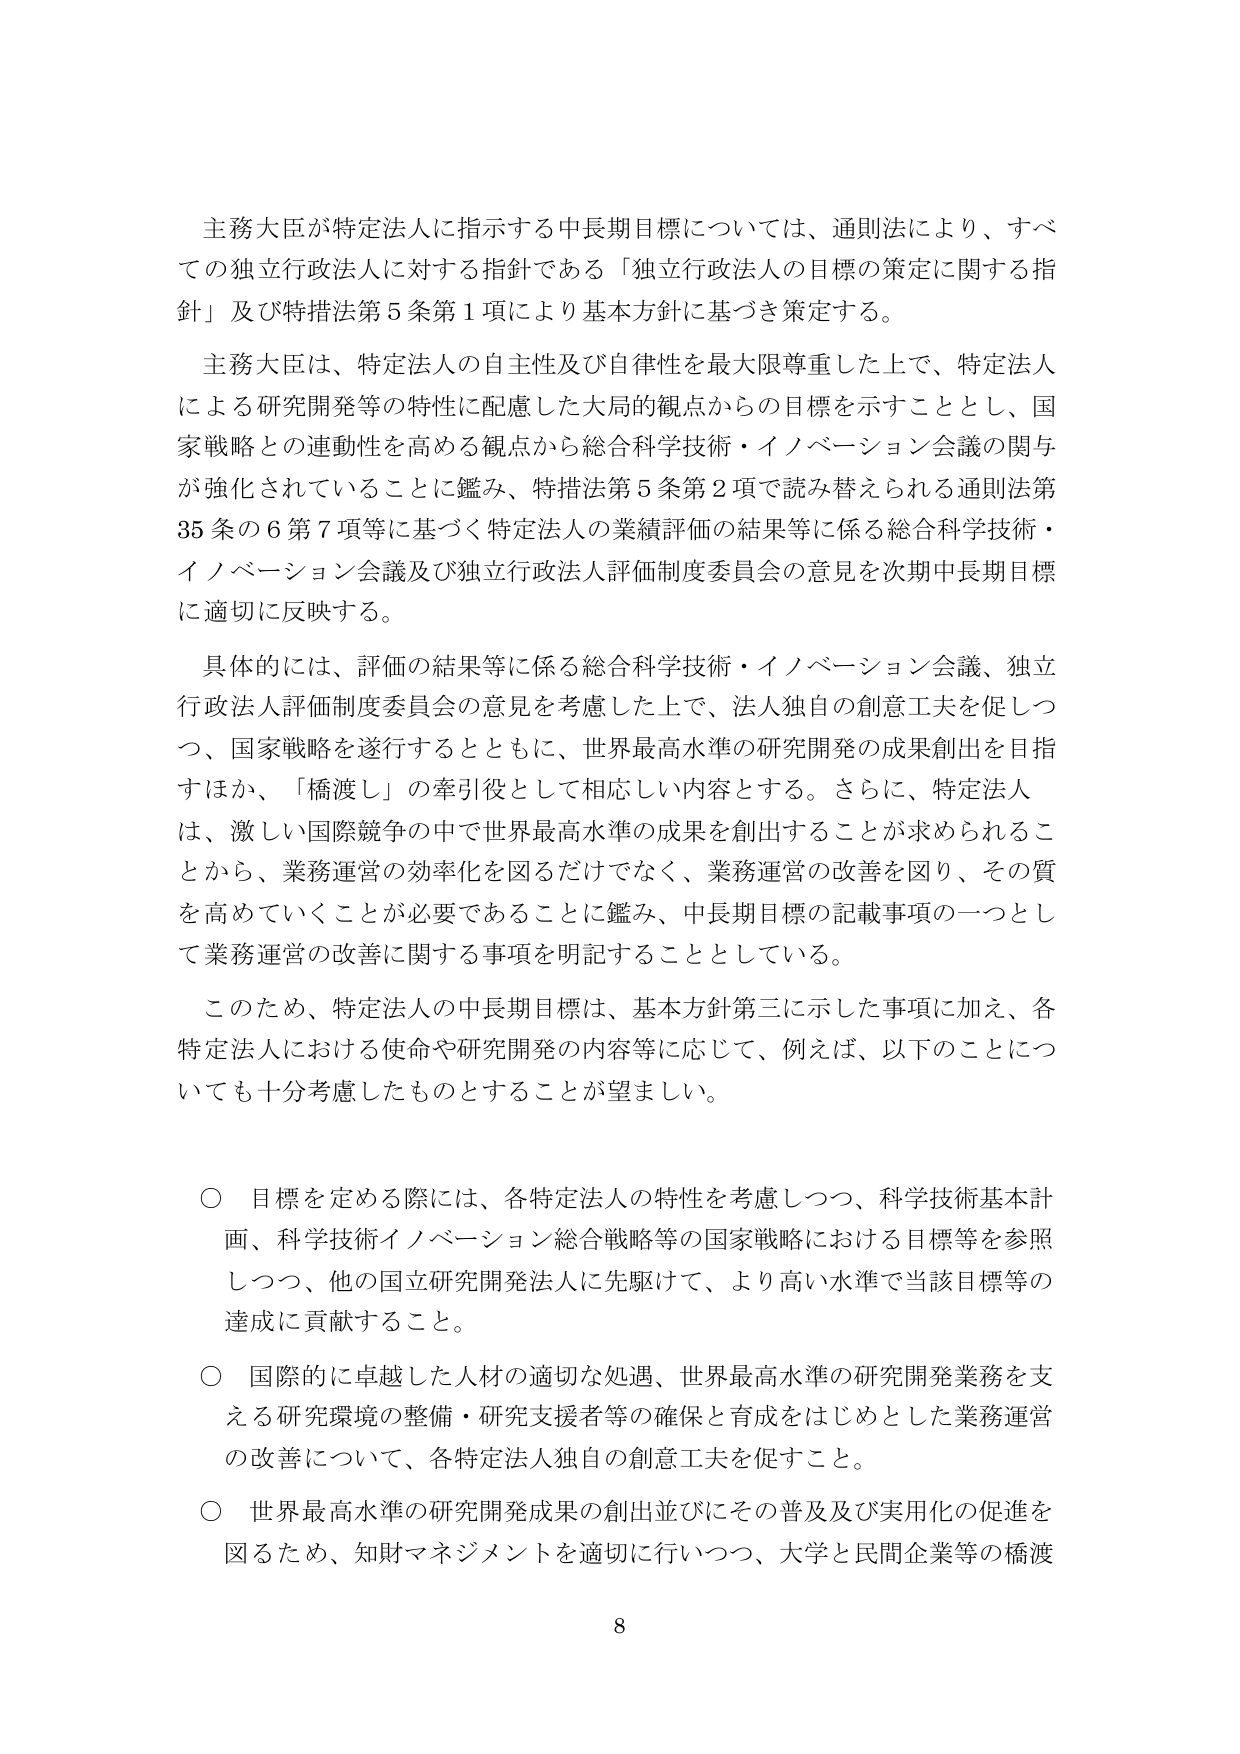
主務大臣が特定法人に指示する中長期目標については、通則法により、すべての独立行政法人に対する指針である「独立行政法人の目標の策定に関する指針」及び特措法第5条第1項により基本方針に基づき策定する。

主務大臣は、特定法人の自主性及び自律性を最大限尊重した上で、特定法人による研究開発等の特性に配慮した大局的観点からの目標を示すこととし、国家戦略との連動性を高める観点から総合科学技術・イノベーション会議の関与が強化されていることに鑑み、特措法第5条第2項で読み替えられる通則法第35条の6第7項等に基づく特定法人の業績評価の結果等に係る総合科学技術・イノベーション会議及び独立行政法人評価制度委員会の意見を次期中長期目標に適切に反映する。

具体的には、評価の結果等に係る総合科学技術・イノベーション会議、独立行政法人評価制度委員会の意見を考慮した上で、法人独自の創意工夫を促しつつ、国家戦略を遂行するとともに、世界最高水準の研究開発の成果創出を目指すほか、「橋渡し」の牽引役として相応しい内容とする。さらに、特定法人は、激しい国際競争の中で世界最高水準の成果を創出することが求められることから、業務運営の効率化を図るだけでなく、業務運営の改善を図り、その質を高めていくことが必要であることに鑑み、中長期目標の記載事項の一つとして業務運営の改善に関する事項を明記することとしている。

このため、特定法人の中長期目標は、基本方針第三に示した事項に加え、各特定法人における使命や研究開発の内容等に応じて、例えば、以下のことにについても十分考慮したものとすることが望ましい。

○ 目標を定める際には、各特定法人の特性を考慮しつつ、科学技術基本計画、科学技術イノベーション総合戦略等の国家戦略における目標等を参照しつつ、他の国立研究開発法人に先駆けて、より高い水準で当該目標等の達成に貢献すること。

○ 国際的に卓越した人材の適切な処遇、世界最高水準の研究開発業務を支える研究環境の整備・研究支援者等の確保と育成をはじめとした業務運営の改善について、各特定法人独自の創意工夫を促すこと。

○ 世界最高水準の研究開発成果の創出並びにその普及及び実用化の促進を図るため、知財マネジメントを適切に行いつつ、大学と民間企業等の橋渡

8